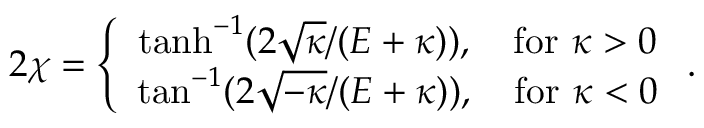
2 \chi = \left\{ \begin{array} { c } { { \operatorname { t a n h } ^ { - 1 } ( 2 \sqrt { \kappa } / ( { \cal E } + \kappa ) ) , \quad \mathrm { f o r ~ } \kappa > 0 } } \\ { { \tan ^ { - 1 } ( 2 \sqrt { - \kappa } / ( { \cal E } + \kappa ) ) , \quad \mathrm { f o r ~ } \kappa < 0 } } \end{array} \right. .